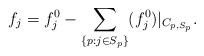
LaTeX: \begin{align*}f_{j} = {f}_{j}^0 - \sum_{\{p: j \in S_p\}} ({f}_{j}^0)|_{C_{p,S_p}}.\end{align*}